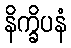
နိက္ခိပနံ